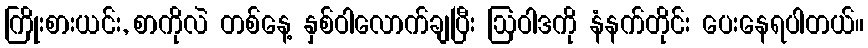
ကြိုးစားယင်း, စာကိုလဲ တစ်နေ့ နှစ်ဝါလောက်ချပြီး ဩဝါဒကို နံနက်တိုင်း ပေးနေရပါတယ်။